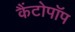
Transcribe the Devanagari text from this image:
कैंटोपॉप